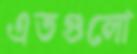
এতগুলো